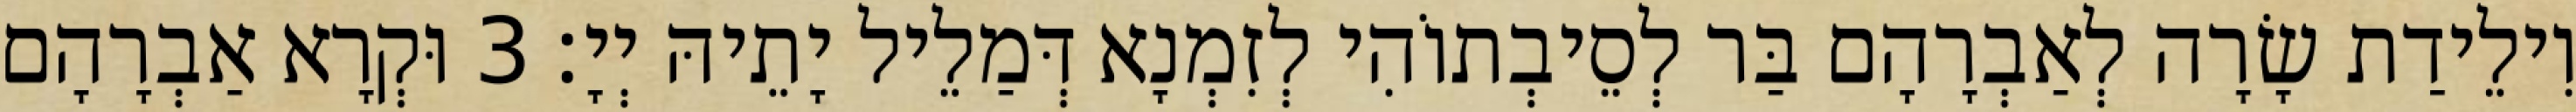
וִילֵידַת שָׂרָה לְאַבְרָהָם בַּר לְסֵיבְתוֹהִי לְזִמְנָא דְּמַלֵיל יָתֵיהּ יְיָ׃ 3 וּקְרָא אַבְרָהָם